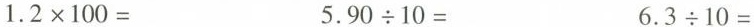
$$1 . 2 \times 100 =$$ $$5 . 9 0 \div 1 0 =$$ $$6 . 3 \div 1 0 =$$